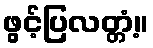
ဖွင့်ပြလတ္တံ့။